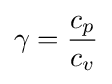
\gamma ={\frac {c_{p}}{c_{v}}}